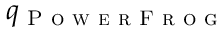
q _ { \textsc { P o w e r F r o g } }